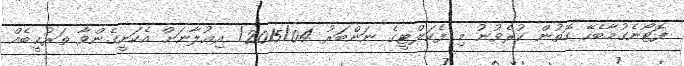
ފޮޓޯނެގުމާބެހޭ ގޮތުން ކުރެވުނު މި ފެކަލްޓީގެ ނަންބަރު 2015/04/ އިޢުލާނަށް އެކަށީގެންވާ ތަރުޙީބެއް